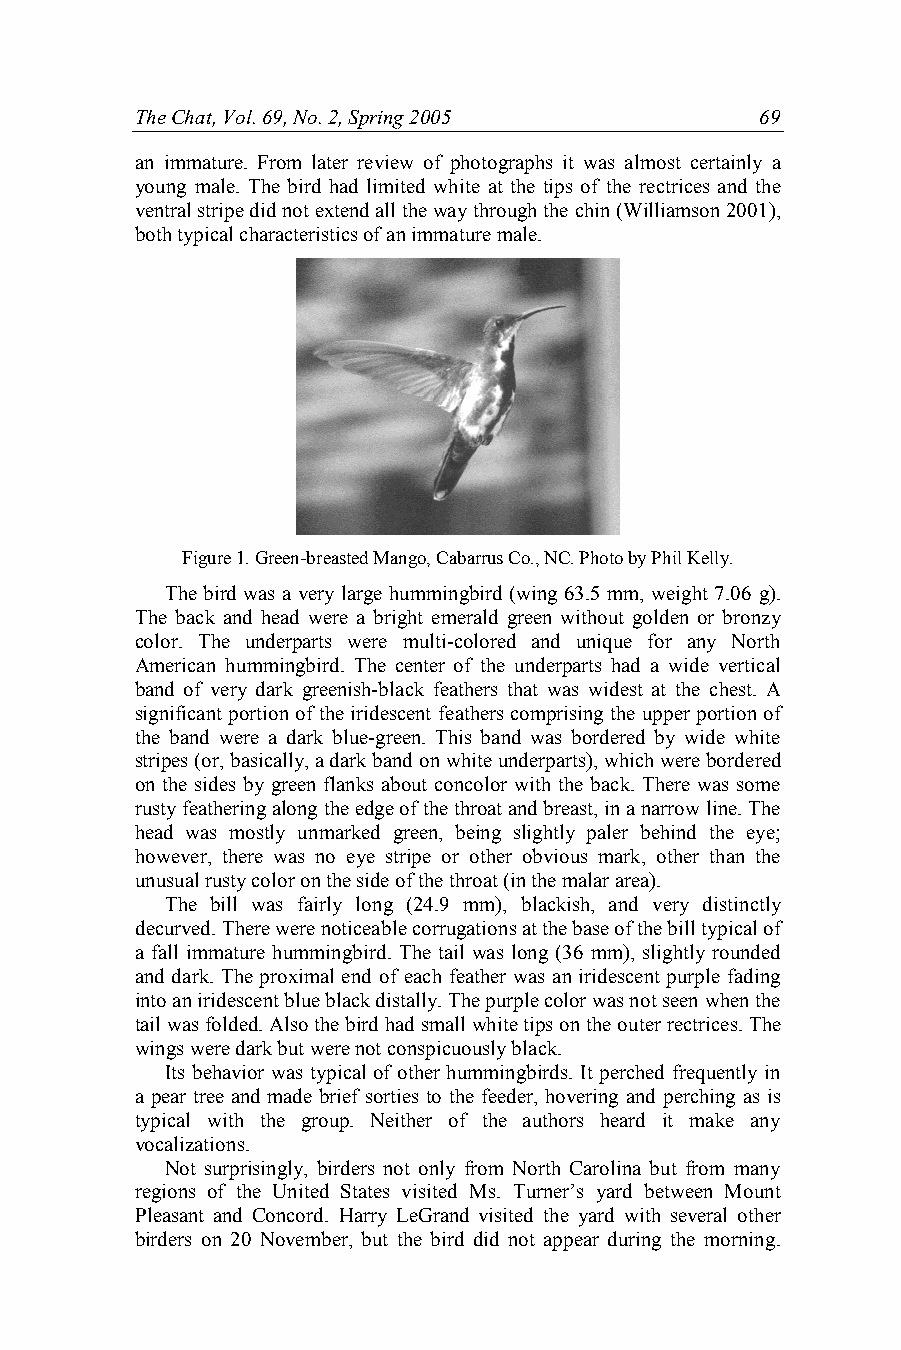
The Chat, Vol. 69, No. 2, Spring 2005    69
 an immature. From later review of photographs it was almost certainly a
 young male. The bird had limited white at the tips of the rectrices and the
 ventral stripe did not extend all the way through the chin (Williamson 2001),
 both typical characteristics of an immature male.
 Figure 1. Green-breasted Mango, Cabarrus Co., NC. Photo by Phil Kelly.
 The bird was a very large hummingbird (wing 63.5 mm, weight 7.06 g).
 The back and head were a bright emerald green without golden or bronzy
 color. The underparts were multi-colored and unique for any North
 American hummingbird. The center of the underparts had a wide vertical
 band of very dark greenish-black feathers that was widest at the chest. A
 significant portion of the iridescent feathers comprising the upper portion of
 the band were a dark blue-green. This band was bordered by wide white
 stripes (or, basically, a dark band on white underparts), which were bordered
 on the sides by green flanks about concolor with the back. There was some
 rusty feathering along the edge of the throat and breast, in a narrow line. The
 head was mostly unmarked green, being slightly paler behind the eye;
 however, there was no eye stripe or other obvious mark, other than the
 unusual rusty color on the side of the throat (in the malar area).
 The bill was fairly long (24.9 mm), blackish, and very distinctly
 decurved. There were noticeable corrugations at the base of the bill typical of
 a fall immature hummingbird. The tail was long (36 mm), slightly rounded
 and dark. The proximal end of each feather was an iridescent purple fading
 into an iridescent blue black distally. The purple color was not seen when the
 tail was folded. Also the bird had small white tips on the outer rectrices. The
 wings were dark but were not conspicuously black.
 Its behavior was typical of other hummingbirds. It perched frequently in
 a pear tree and made brief sorties to the feeder, hovering and perching as is
 typical with the group. Neither of the authors heard it make any
 vocalizations.
 Not surprisingly, birders not only from North Carolina but from many
 regions of the United States visited Ms. Turner’s yard between Mount
 Pleasant and Concord. Harry LeGrand visited the yard with several other
 birders on 20 November, but the bird did not appear during the morning.